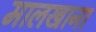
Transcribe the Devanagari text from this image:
मालखाना